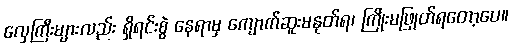
လှေကြီးများလည်း ရှိရင်းစွဲ နေရာမှ ကျောက်ဆူးမနုတ်ရ၊ ကြိုးမဖြုတ်ရတော့ပေ။